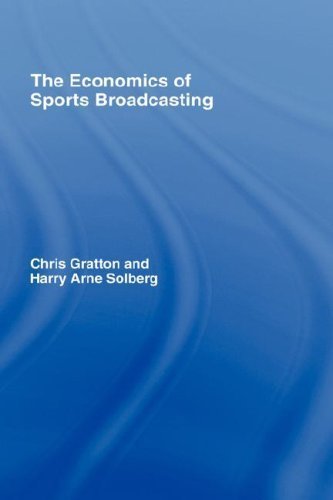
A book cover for Economics of Sports Broadcasting by Gratton, Chris, Solberg, Harry [Routledge,2007] [Hardcover]; Sports & Outdoors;